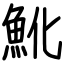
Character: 魤